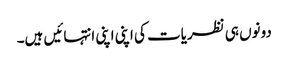
دونوں ہی نظریات کی اپنی اپنی انتہائیں ہیں۔